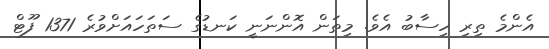
އެންމެ ތިރި ހިސާބު އެވެ. މިތަން އޮންނަނީ ކަނޑުގެ ސަތަހައަށްވުރެ 1371 ފޫޓް